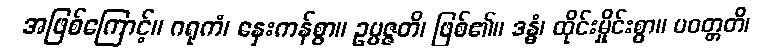
အဖြစ်ကြောင့်။ ဂရုကံ၊ နှေးကန်စွာ။ ဥပ္ပဇ္ဇတိ၊ ဖြစ်၏။ ဒန္ဓံ၊ ထိုင်းမှိုင်းစွာ။ ပဝတ္တတိ၊